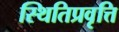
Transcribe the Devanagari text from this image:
स्थितिप्रवृत्ति